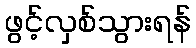
ဖွင့်လှစ်သွားရန်